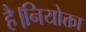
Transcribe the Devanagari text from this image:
है।नियोक्ता